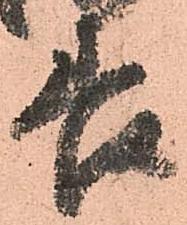
善